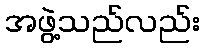
အဖွဲ့သည်လည်း